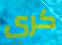
كري